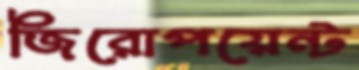
জিরোপয়েন্ট